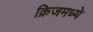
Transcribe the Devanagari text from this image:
क्रिजमध्ये